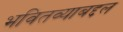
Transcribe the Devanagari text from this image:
भवितव्याबद्दल